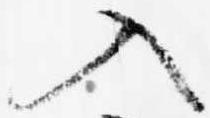
入